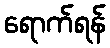
ရောက်ရန်